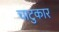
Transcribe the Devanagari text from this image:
चाटुकार